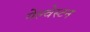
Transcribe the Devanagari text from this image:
गेल्‍वेस्‍टन